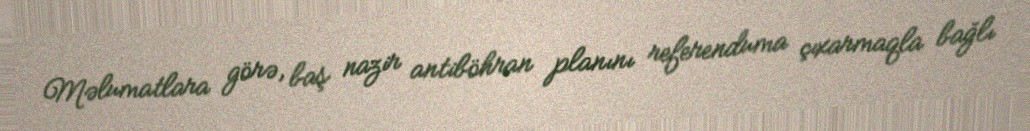
Məlumatlara görə, baş nazir antiböhran planını referenduma çıxarmaqla bağlı